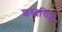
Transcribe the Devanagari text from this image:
शब्दचिह्न